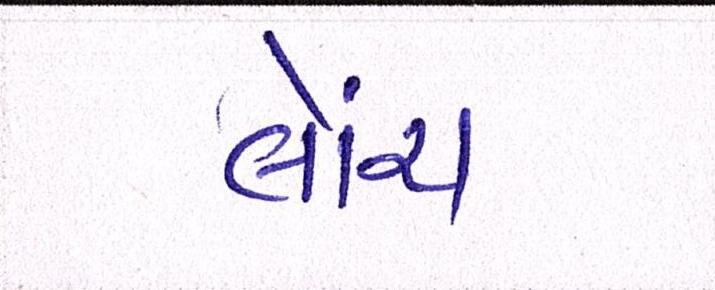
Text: લોંચ